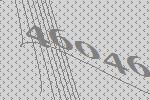
46046